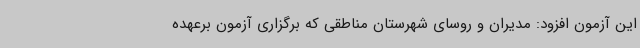
این آزمون افزود: مدیران و روسای شهرستان مناطقی که برگزاری آزمون برعهده